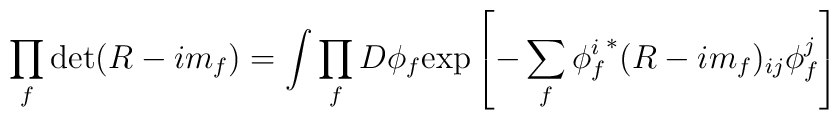
\prod_f \det(R-im_f)= \int \prod_f D\phi_f {\rm exp}\left[ -\sum_f {\phi^i_f}^* (R-im_f)_{ij} \phi^j_f \right]